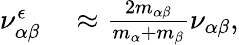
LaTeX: \begin{array}{rl}{\nu_{\alpha\beta}^{\epsilon}}&{{}\approx\frac{2m_{\alpha\beta}}{m_{\alpha}+m_{\beta}}\nu_{\alpha\beta},}\end{array}